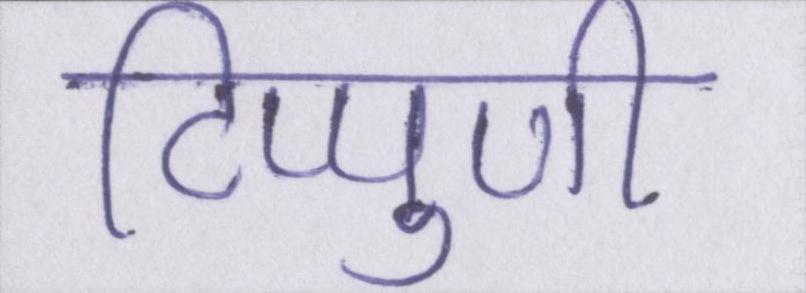
टिप्पुणी